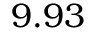
9 . 9 3